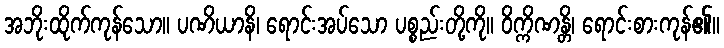
အဘိုးထိုက်ကုန်သော။ ပဏိယာနိ၊ ရောင်းအပ်သော ပစ္စည်းတို့ကို။ ဝိက္ကိဏန္တိ၊ ရောင်းစားကုန်၏။